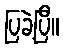
ပြခဲ့ပြီ။